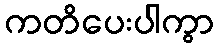
ကတိပေးပါကွာ